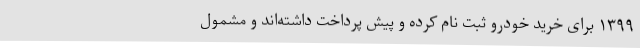
۱۳۹۹ برای خرید خودرو ثبت نام کرده و پیش پرداخت داشته‌اند و مشمول